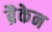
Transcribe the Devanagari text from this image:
ब्रैकेन